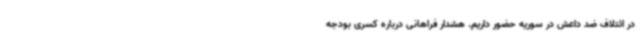
در ائتلاف ضد داعش در سوریه حضور داریم. هشدار فراهانی درباره کسری بودجه